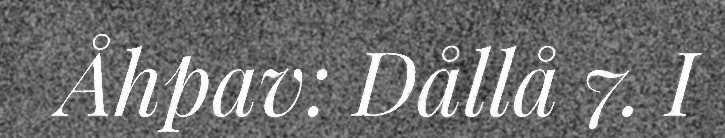
Åhpav: Dållå 7. I